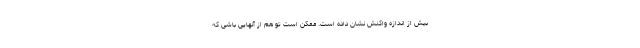
بیش از اندازه واکنش نشان داده است. ممکن است تو هم از آنهایی باشی که